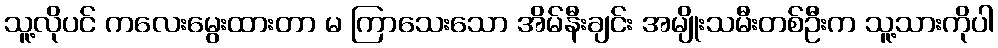
သူ့လိုပင် ကလေးမွေးထားတာ မ ကြာသေးသော အိမ်နီးချင်း အမျိုးသမီးတစ်ဦးက သူ့သားကိုပါ